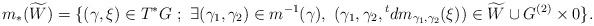
LaTeX: \begin{align*} m_*(\widetilde{W}) = \{ (\gamma,\xi)\in T^*G \ ;\ \exists (\gamma_1,\gamma_2)\in m^{-1}(\gamma),\ (\gamma_1,\gamma_2,{}^tdm_{\gamma_1,\gamma_2}(\xi))\in \widetilde{W}\cup G^{(2)}\times 0\}.\end{align*}